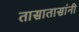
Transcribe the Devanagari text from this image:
तासातासांनी